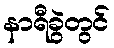
နာရီခွဲတွင်